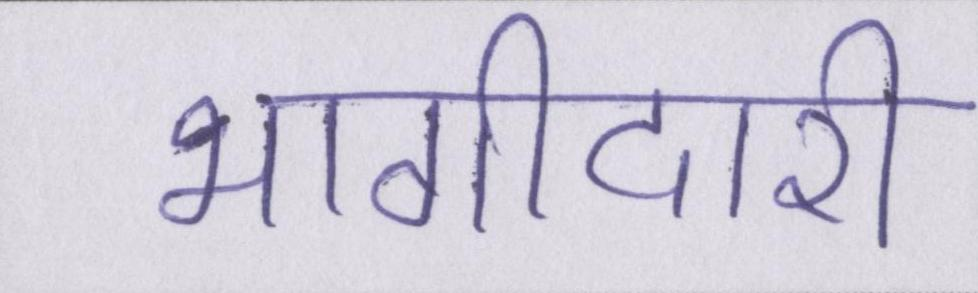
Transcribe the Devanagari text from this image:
भागीदारी